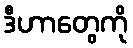
ဒီဟာတွေကို